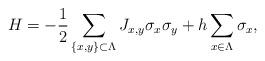
LaTeX: \begin{align*}H=-\frac{1}{2}\sum_{\{x,y\}\subset \Lambda} J_{x,y} \sigma_x \sigma_y+h\sum_{x\in \Lambda}\sigma_x,\end{align*}